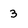
Character: 3